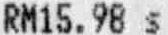
RM15.98 S